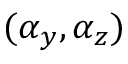
( \alpha _ { y } , \alpha _ { z } )